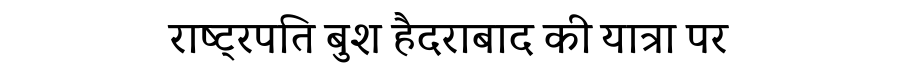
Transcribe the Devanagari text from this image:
राष्ट्रपति बुश हैदराबाद की यात्रा पर